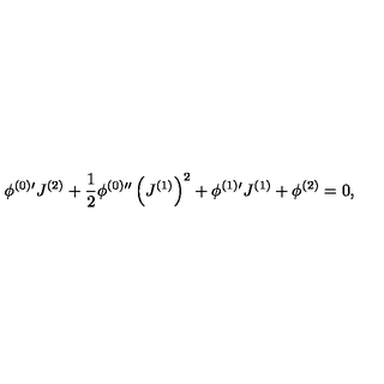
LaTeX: \phi ^ { ( 0 ) \prime } J ^ { ( 2 ) } + \frac { 1 } { 2 } \phi ^ { ( 0 ) \prime \prime } \left( J ^ { ( 1 ) } \right) ^ { 2 } + \phi ^ { ( 1 ) \prime } J ^ { ( 1 ) } + \phi ^ { ( 2 ) } = 0 , \,